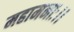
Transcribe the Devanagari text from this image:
महामनाः।।